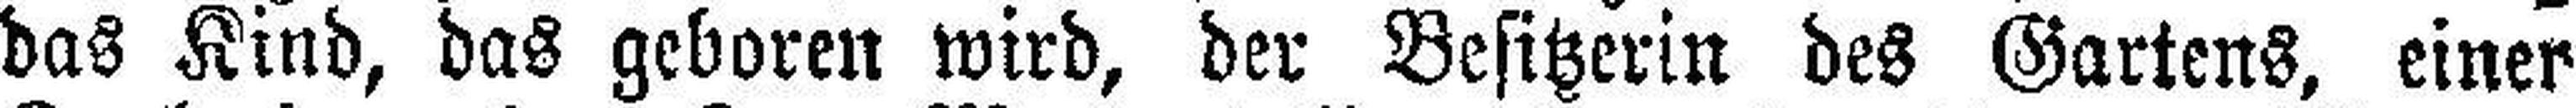
das Kind, das geboren wird, der Besitzerin des Gartens, einer